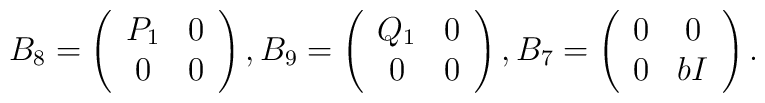
B_8=\left(\begin{array}{cc}P_1 &  0  \\ 0 &  0\end{array}\right),B_9=\left(\begin{array}{cc}Q_1 &  0  \\ 0 &  0 \end{array}\right),B_7=\left(\begin{array}{cc}0 &  0  \\ 0 & bI \end{array}\right).